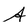
Character: A